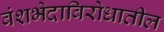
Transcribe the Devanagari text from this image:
वंशभेदाविरोधातील